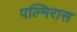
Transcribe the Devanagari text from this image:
पल्मिरास